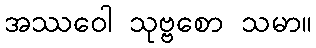
အဿဝေါ သုဗ္ဗစော သမာ။